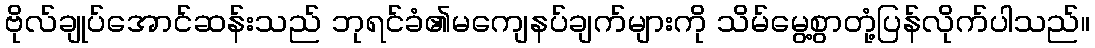
ဗိုလ်ချုပ်အောင်ဆန်းသည် ဘုရင်ခံ၏မကျေနပ်ချက်များကို သိမ်မွေ့စွာတုံ့ပြန်လိုက်ပါသည်။